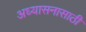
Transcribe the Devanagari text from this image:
अध्यासनासाठी